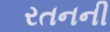
રતનની